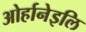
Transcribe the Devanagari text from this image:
ओर्हानेइलि